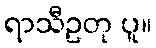
ရာသီဥတု ပူ။